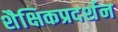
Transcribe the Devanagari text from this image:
शैक्षिकप्रदर्शन